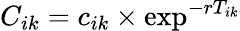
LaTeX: C_{ik}=c_{ik}\times\exp^{-rT_{ik}}